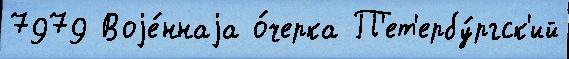
7979 Воjе́ннаjа о́черка П'ет'ербу́ргск'ий